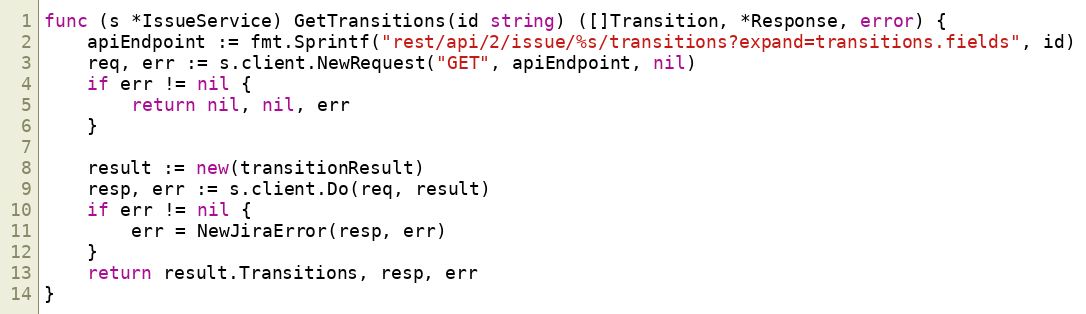
Language: Go
func (s *IssueService) GetTransitions(id string) ([]Transition, *Response, error) {
	apiEndpoint := fmt.Sprintf("rest/api/2/issue/%s/transitions?expand=transitions.fields", id)
	req, err := s.client.NewRequest("GET", apiEndpoint, nil)
	if err != nil {
		return nil, nil, err
	}

	result := new(transitionResult)
	resp, err := s.client.Do(req, result)
	if err != nil {
		err = NewJiraError(resp, err)
	}
	return result.Transitions, resp, err
}